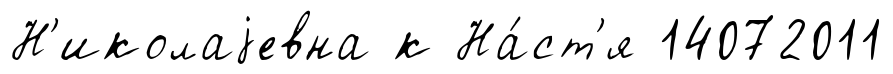
Н'иколаjевна к На́ст'я 14072011